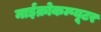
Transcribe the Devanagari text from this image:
माईक्रोकम्प्यूटर